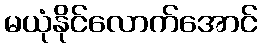
မယုံနိုင်လောက်အောင်